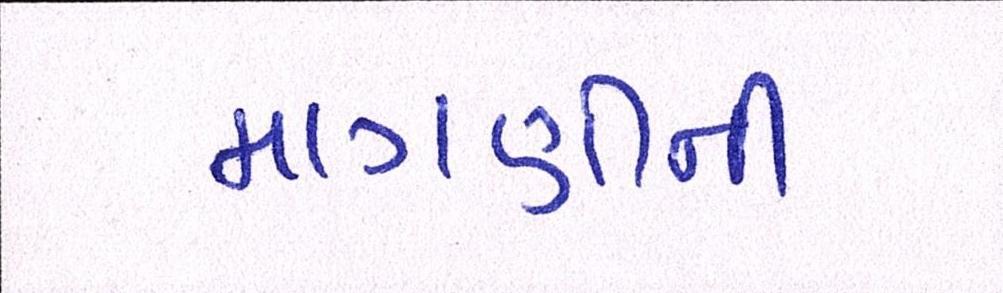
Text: માગણીની